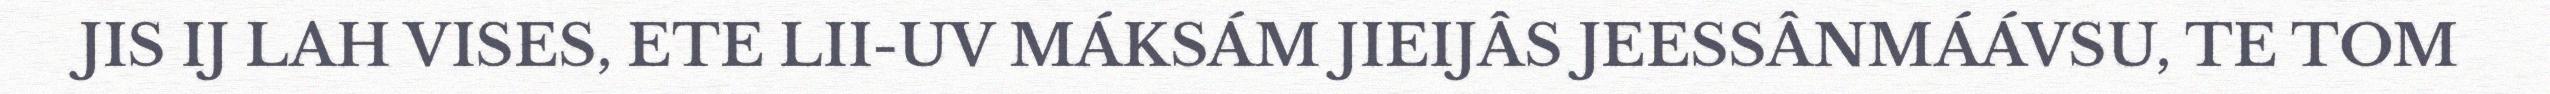
JIS IJ LAH VISES, ETE LII-UV MÁKSÁM JIEIJÂS JEESSÂNMÁÁVSU, TE TOM